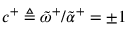
c ^ { + } \triangleq \tilde { \omega } ^ { + } / \tilde { \alpha } ^ { + } = \pm 1